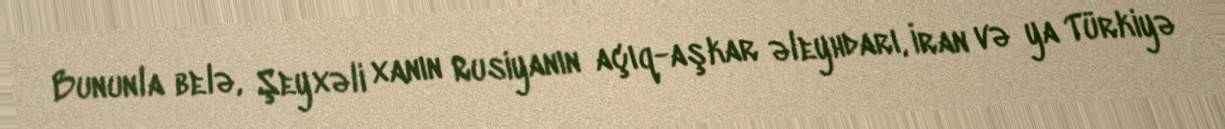
Bununla belə, Şeyxəli xanın Rusiyanın açıq-aşkar əleyhdarı, İran və ya Türkiyə